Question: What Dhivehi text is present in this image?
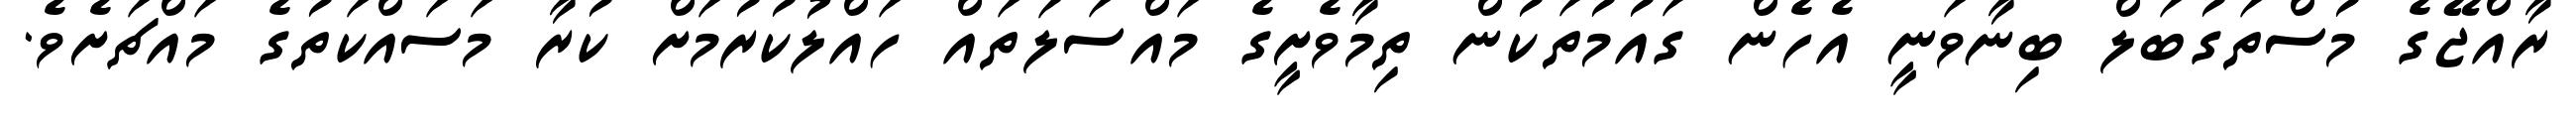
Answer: ރާއްޖޭގެ މުސްތަގުބަލް ބިނާވަނީ އެހެން ގައުމުތަކުން ތިމާވެށީގެ މައްސަލަތައް ހައްލުކުރުމަށް ކުރާ މަސައްކަތުގެ މައްޗަށެވެ.